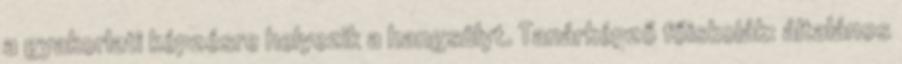
a gyakorlati képzésre helyezik a hangsúlyt. Tanárképző főiskolák: általános